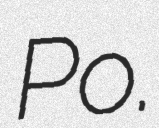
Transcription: Po.